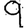
Digit: 9